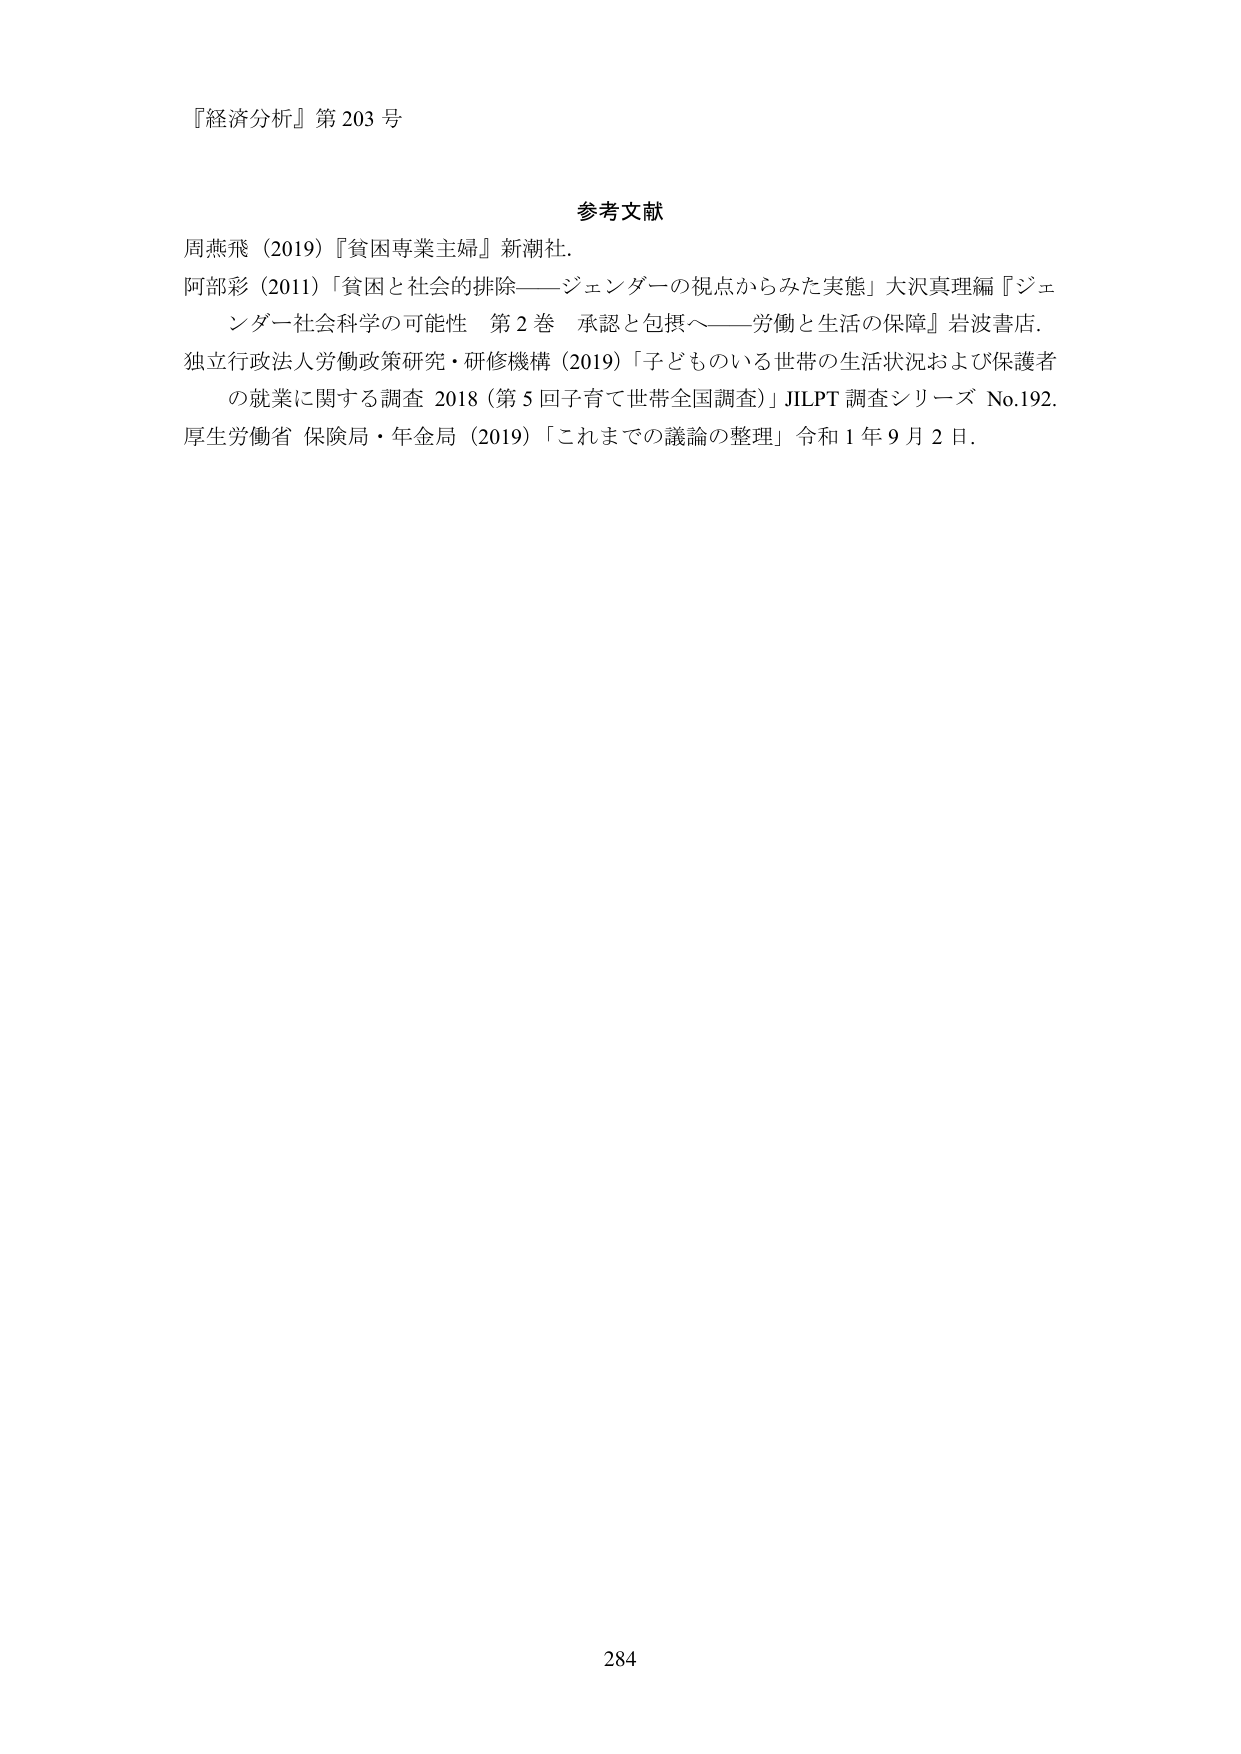
『経済分析』第203号

参考文献
周燕飛（2019）『貧困専業主婦』新潮社．
阿部彩（2011）「貧困と社会的排除――ジェンダーの視点からみた実態」大沢真理編『ジェンダー社会科学の可能性 第2巻 承認と包摂へ――労働と生活の保障』岩波書店．
独立行政法人労働政策研究・研修機構（2019）「子どものいる世帯の生活状況および保護者の就業に関する調査 2018（第5回子育て世帯全国調査）」JILPT調査シリーズ No.192．
厚生労働省 保険局・年金局（2019）「これまでの議論の整理」令和1年9月2日．

284